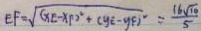
E F = \sqrt { ( X E - X F ) ^ { 2 } + ( y E - y F ) ^ { 2 } } = \frac { 1 6 \sqrt { 1 0 } } { 5 }